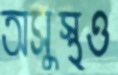
অসুস্থও